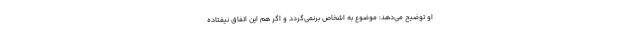
او توضیح می‌دهد: موضوع به اشخاص برنمی‌گردد و اگر هم این اتفاق نیفتاده